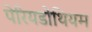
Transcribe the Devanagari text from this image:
पेरियडोंथियम